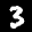
Label: 3